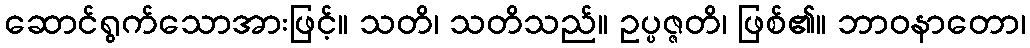
ဆောင်ရွက်သောအားဖြင့်။ သတိ၊ သတိသည်။ ဥပ္ပဇ္ဇတိ၊ ဖြစ်၏။ ဘာဝနာတော၊